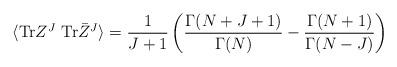
LaTeX: \begin{align*}\langle {\rm Tr}Z^J~ {\rm Tr}\bar Z^J \rangle = \frac{1}{J+1}\left(\frac{\Gamma(N+J+1)}{\Gamma(N)} - \frac{\Gamma(N+1)}{\Gamma(N-J)}\right)\end{align*}